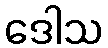
ဒေါသ